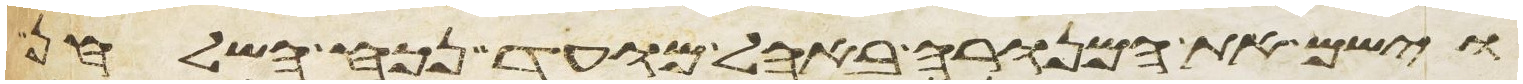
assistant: וישם את המנורה באהל מועד נכח השלחן